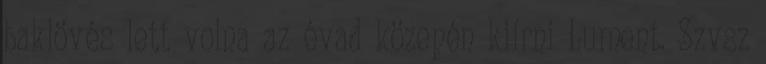
baklövés lett volna az évad közepén kiírni Lument. Szvsz